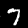
Digit: 7